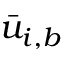
\bar { u } _ { i , b }